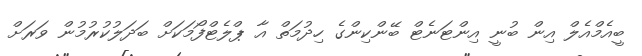
ބީއެމްއެލް އިން ބުނީ އިންޓަނެޓް ބޭންކިންގެ ހިދުމަތް އާ ޕްލެޓްފޯމަކަށް ބަދަލުކުރުމުން ވަރަށް